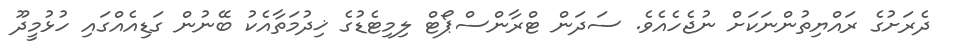
ދެރަށުގެ ރައްޔިތުންނަކަށް ނުޖެހެއެވެ. ސަދަން ޓްރާންސްޕޯޓް ލިމިޓެޑުގެ ޚިދުމަތާއެކު ބޭނުން ގަޑިއެއްގައި ހުޅުމީދޫ